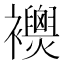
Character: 𧟈